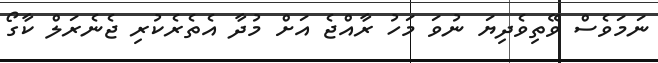
ނަމަވެސް ވޭތިވެދިޔަ ނުވަ މަހު ރާއްޖެ އަށް މުދާ އެތެރެކުރި ޖެނެރަލް ކާގޯ